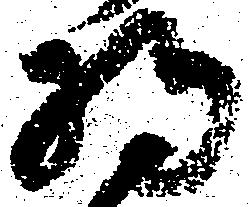
将